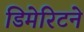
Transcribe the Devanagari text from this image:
डिमेरिटने